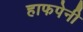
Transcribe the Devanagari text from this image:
हाफपेनी